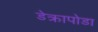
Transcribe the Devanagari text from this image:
डेक्रापोडा